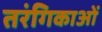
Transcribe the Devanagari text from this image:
तरंगिकाओं